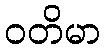
ဝတိမာ